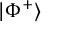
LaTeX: | \Phi ^ { + } \rangle